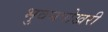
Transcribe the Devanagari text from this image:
भुवनपोखरी